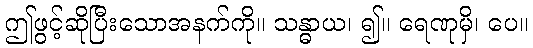
ဤဖွင့်ဆိုပြီးသောအနက်ကို။ သန္ဓာယ၊ ၍။ ရေဏုမှိ၊ ပေ။